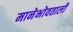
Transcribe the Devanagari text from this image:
मानेभोवताली